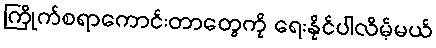
ကြိုက်စရာကောင်းတာတွေကို ရေးနိုင်ပါလိမ့်မယ်